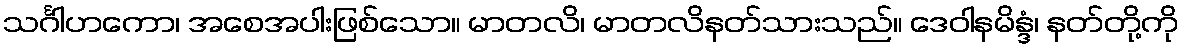
သင်္ဂါဟကော၊ အစေအပါးဖြစ်သော။ မာတလိ၊ မာတလိနတ်သားသည်။ ဒေဝါနမိန္ဒံ၊ နတ်တို့ကို